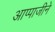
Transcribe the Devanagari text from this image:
आप्पाजीने